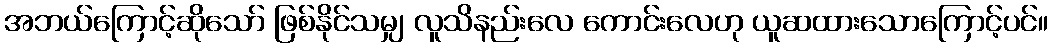
အဘယ်ကြောင့်ဆိုသော် ဖြစ်နိုင်သမျှ လူသိနည်းလေ ကောင်းလေဟု ယူဆထားသောကြောင့်ပင်။